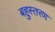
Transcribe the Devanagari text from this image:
बहुस्तरण